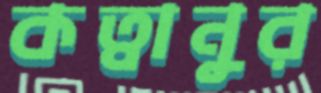
কত্বানুর